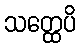
သတ္ထေပိ